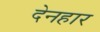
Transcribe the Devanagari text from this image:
देनहार